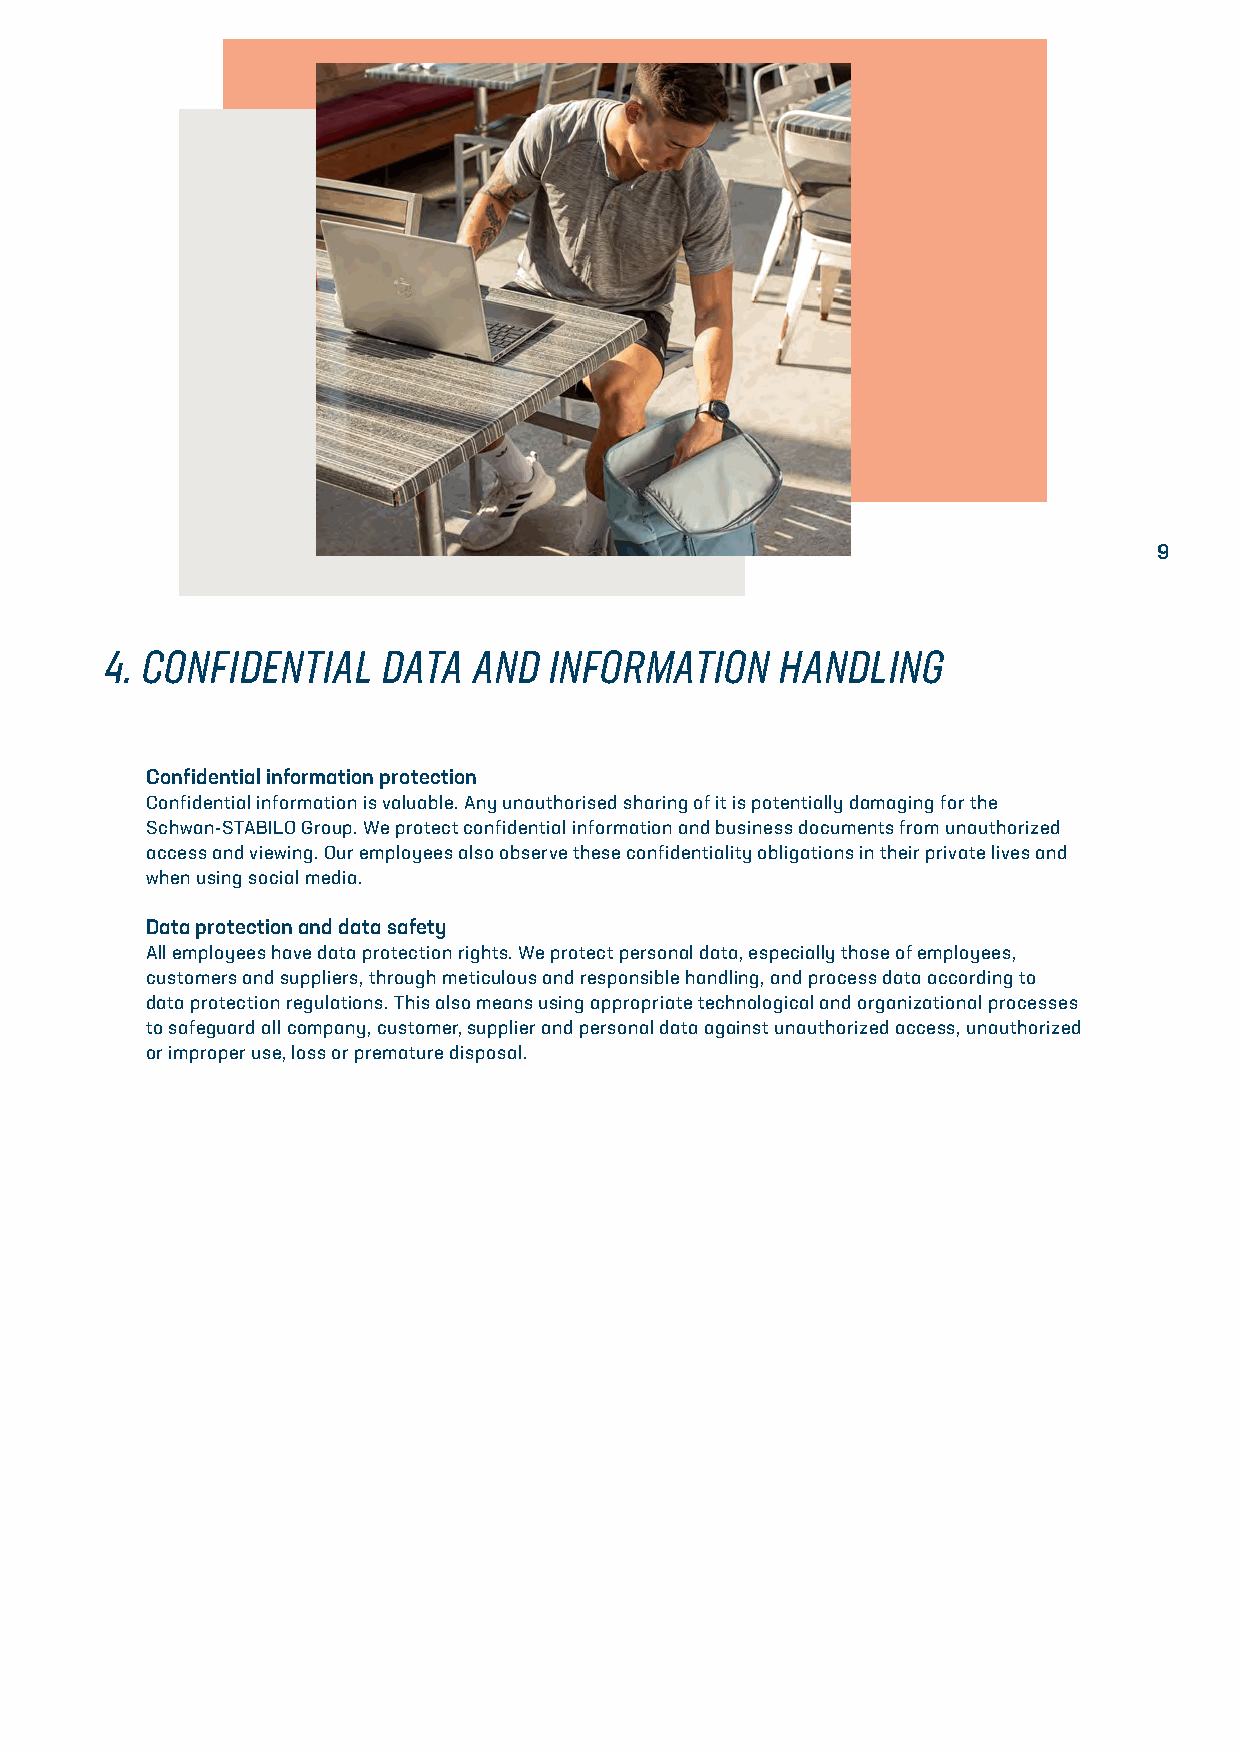
9
 4. CONFIDENTIAL   DATA  AND  INFORMATION     HANDLING
 Confidential information protection
 Confidential information is valuable. Any unauthorised sharing of it is potentially damaging for the
 Schwan-STABILO Group. We protect confidential information and business documents from unauthorized
 access and viewing. Our employees also observe these confidentiality obligations in their private lives and
 when using social media.
 Data protection and data safety
 All employees have data protection rights. We protect personal data, especially those of employees,
 customers and suppliers, through meticulous and responsible handling, and process data according to
 data protection regulations. This also means using appropriate technological and organizational processes
 to safeguard all company, customer, supplier and personal data against unauthorized access, unauthorized
 or improper use, loss or premature disposal.